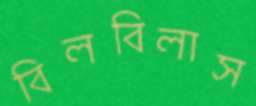
বিলবিলাস